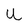
Character: U